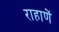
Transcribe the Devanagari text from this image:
राहाणें